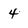
Character: 4